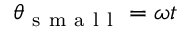
\theta _ { \mathrm { ~ s ~ m ~ a ~ l ~ l ~ } } = \omega t